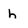
Character: h